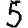
Digit: 5